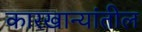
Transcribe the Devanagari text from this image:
कारखान्यांतील